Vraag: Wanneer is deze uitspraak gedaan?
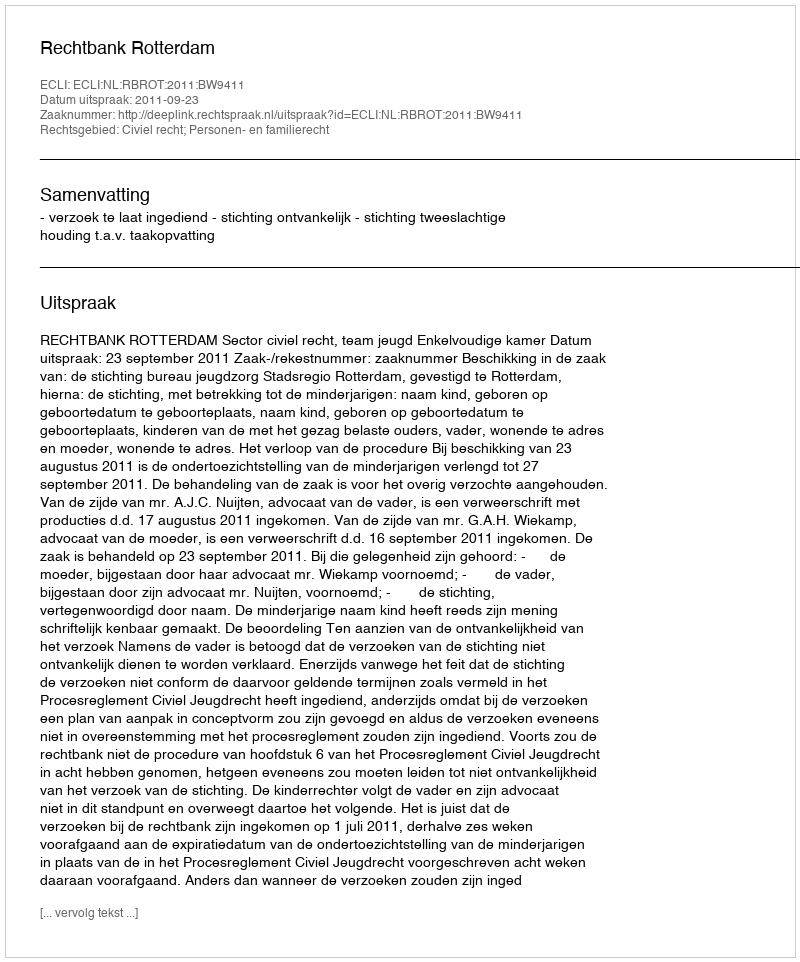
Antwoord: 2011-09-23